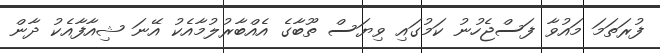
ފުރަތަމަ މައުވާ ފަސްޖެހުނު ކަމުގައި ވިޔަސް ތޫބާގެ އެއްބާރުލުމާއެކު އޭނަ ޝިއާފާއެކު ދާން